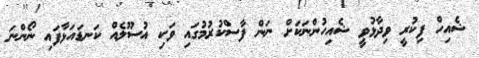
ޝެއިހް ފިކުރީ ވިދާޅުވީ ޝެއިހުންނަކަށް ނަން ފާސްކުރުމުގައި ވަކި އުސޫލެއް ކަނޑައަޅާފައި ނޯންނަ